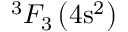
^ 3 F _ { 3 } \left( 4 \mathrm { s } ^ { 2 } \right)